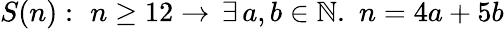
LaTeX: S(n):\, \, n\geq 12\to\, \exists\, a,b\in\mathbb{N}.\, \, n=4a+5b